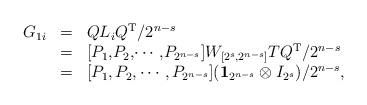
LaTeX: \begin{align*}\begin{array}{rcl} G_{1i}&=&QL_iQ^\mathrm{T}/2^{n-s} \\ &=&[P_1,\!P_2,\!\cdots,\!P_{2^{n-s}}]W_{[2^s,2^{n-s}]}TQ^\mathrm{T}/2^{n-s} \\ &=&[P_1, P_2, \cdots, P_{2^{n-s}}](\textbf{1}_{2^{n-s}}\otimes I_{2^{s}})/{2^{n-s}},\end{array}\end{align*}